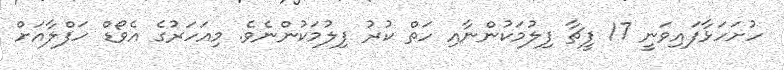
ހުށަހަޅާފައިވަނީ 17 ފީޗާ ފިލުމަކުންނާއި ހަތް ކުރު ފިލުމަކުންނެވެ. މިއަހަރުގެ އެވޯޑް ހަފްލާއަށް